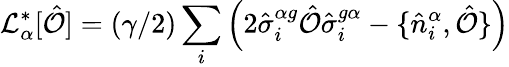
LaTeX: \mathcal{L}_{\alpha}^{*}[\hat{\mathcal{O}}]=(\gamma/2)\sum_{i}\left(2\hat{\sigma}_{i}^{\alpha g}\hat{\mathcal{O}}\hat{\sigma}_{i}^{g\alpha}-\{ \hat{n}_{i}^{\alpha},\hat{\mathcal{O}}\} \right)